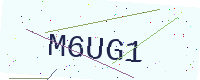
Text: M6UG1